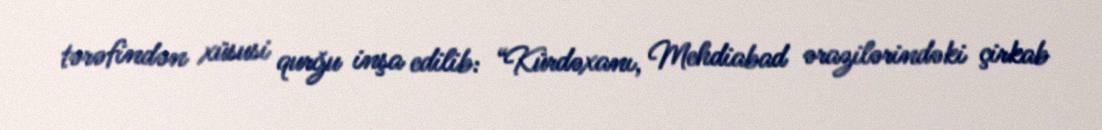
tərəfindən xüsusi qurğu inşa edilib: “Kürdəxanı, Mehdiabad ərazilərindəki çirkab